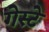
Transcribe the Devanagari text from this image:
गेस्टे